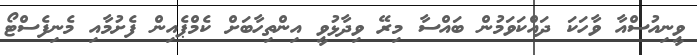
ވީނިއުސްއާ ވާހަކަ ދައްކަވަމުން ބައްސާ މިރޭ ވިދާޅުވީ އިންތިހާބަށް ކެމްޕެއިން ފެށުމާއި މެނިފެސްޓޯ